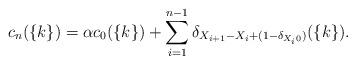
LaTeX: \begin{align*}c_n(\{k\})=\alpha c_0(\{k\}) + \sum\limits_{i=1}^{n-1} \delta_{X_{i+1}-X_i+(1-\delta_{X_i 0})}(\{k\}).\end{align*}